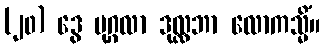
(၂၀) ဒွေ ပုဂ္ဂလာ ဒုလ္လဘာ လောကသ္မိံ။